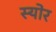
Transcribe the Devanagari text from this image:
स्योर